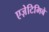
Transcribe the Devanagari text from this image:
एज़ेटिमिबे